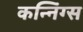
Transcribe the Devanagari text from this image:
कन्निंग्स